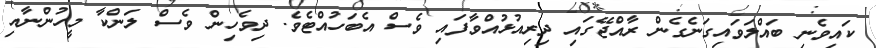
ކައިވެނި ބައްލަވައިގަނެގެން ރާއްޖޭގައި ދިރިއުޅުއްވާފައި ވެސް އެބަހުއްޓެވެ. ދިވެހިން ވެސް ލަންކާ މީހުންނާއި